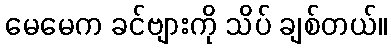
မေမေက ခင်ဗျားကို သိပ် ချစ်တယ်။